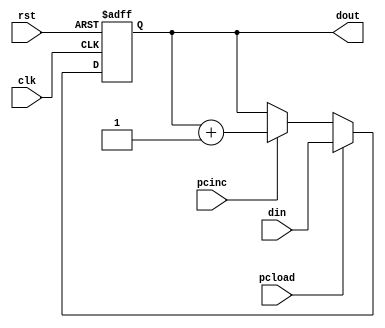
/*
ar*/
module pc(din, clk, rst,pcload, pcinc, dout);
	input[15:0] din;
	input clk,rst,pcload, pcinc;
	output [15:0]dout;
	reg [15:0]dout;
	always@(posedge clk or negedge rst)
		if(!rst)
			dout<=0;
		else	if(pcload)
			dout<=din;
		else if(pcinc)
			dout<=dout+1;
endmodule